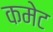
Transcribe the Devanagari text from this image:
कमेट